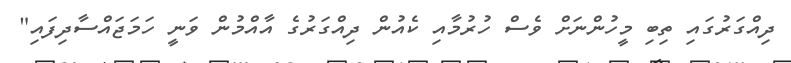
ދިއްގަރުގައި ތިބި މީހުންނަށް ވެސް ހުރުމާއި ކެއުން ދިއްގަރުގެ އާއްމުން ވަނީ ހަމަޖައްސާދިފައި"